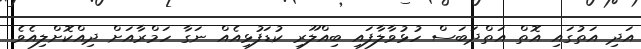
އަދި އަތުގައި އޮތް އަތްދަބަސް ހުޅުވާލާފައި ބިއްލޫރި ކުޑަފުޅިއެއް ނަގާ ހަމްރާއަށް ދިއްކޮށްލިއެވެ.